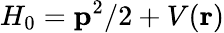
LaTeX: H_{0}={\mathbf{{p}}^{2}}/{2}+V(\mathbf{r})